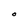
Character: O